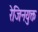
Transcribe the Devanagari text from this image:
रेजिनयुक्त